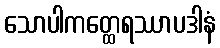
သောပါကတ္ထေရဿာပဒါနံ